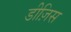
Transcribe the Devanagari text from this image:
डीज़िस